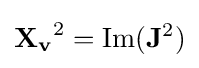
\mathbf {X_{v}} ^{2}=\operatorname {Im} (\mathbf {J} ^{2})